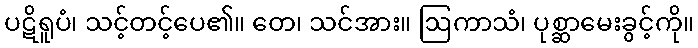
ပဋိရူပံ၊ သင့်တင့်ပေ၏။ တေ၊ သင်အား။ ဩကာသံ၊ ပုစ္ဆာမေးခွင့်ကို။